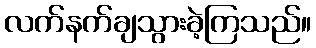
လက်နက်ချသွားခဲ့ကြသည်။